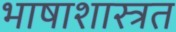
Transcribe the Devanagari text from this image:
भाषाशास्त्रत